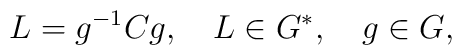
L=g^{-1}Cg,     \quad   L\in G^{*}, \quad g\in G,